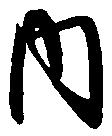
内